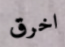
اخرق